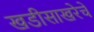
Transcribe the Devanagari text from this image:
खडीसाखरेचे